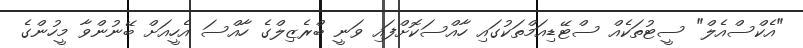
"އެކްސްއެލް" ސީޓުތަކެއް ސްޓޭޑިއަމްތަކުގައި ހާއްސަކޮށްފައި ވަނީ ބްރެޒިލްގެ ހާއްސަ އެހީއަށް ބޭނުންވާ މީހުންގެ